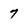
Character: 7